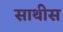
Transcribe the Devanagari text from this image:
साथीस